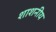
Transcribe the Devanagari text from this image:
शाशनीय